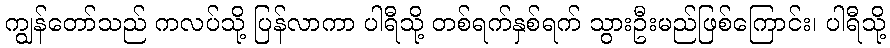
ကျွန်တော်သည် ကလပ်သို့ ပြန်လာကာ ပါရီသို့ တစ်ရက်နှစ်ရက် သွားဦးမည်ဖြစ်ကြောင်း၊ ပါရီသို့